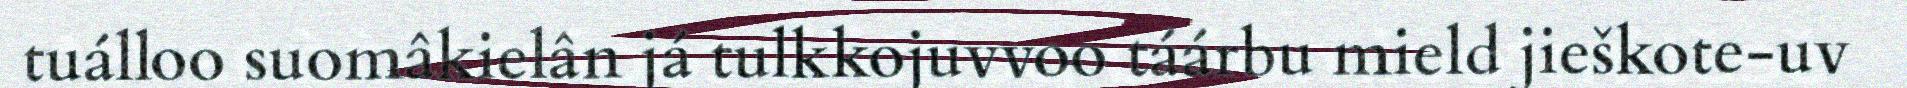
tuálloo suomâkielân já tulkkojuvvoo táárbu mield jieškote-uv